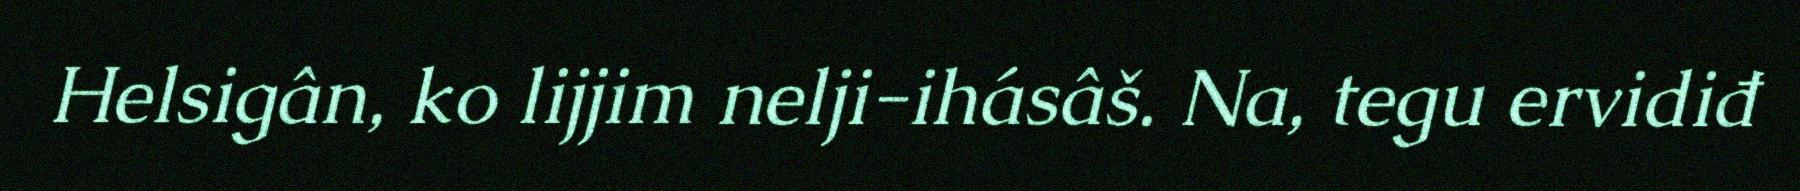
Helsigân, ko lijjim nelji-ihásâš. Na, tegu ervidiđ